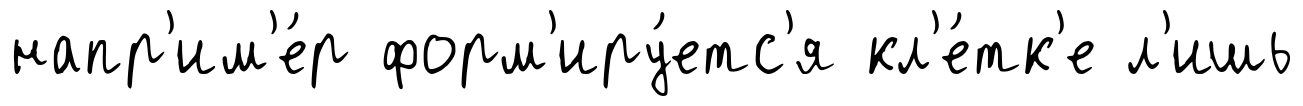
напр'им'е́р форм'иру́етс'я кл'е́тк'е л'ишь